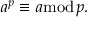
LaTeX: a ^ { p } \equiv a { \bmod { p } } .